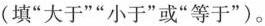
(填”大于””小于”或”等于”)。